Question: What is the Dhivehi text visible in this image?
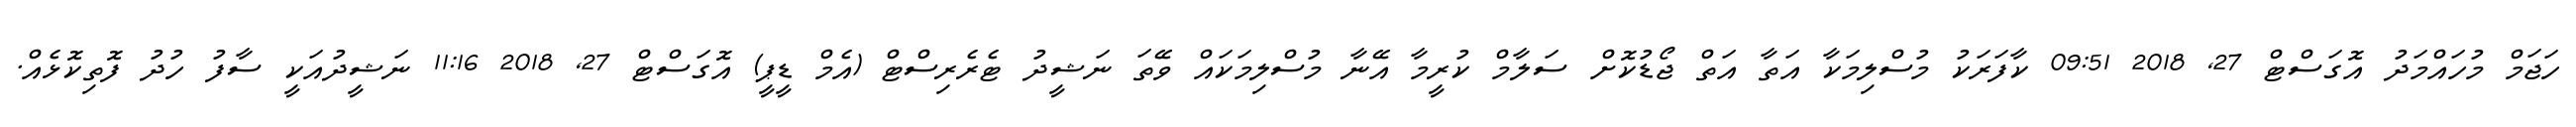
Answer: ހަޖަމް މުހައްމަދު އޮގަސްޓް 27, 2018 09:51 ކާފަރަކު މުސްލިމަކާ އަތާ އަތް ޖޯޑުކޮށް ސަލާމް ކުރީމާ އޭނާ މުސްލިމަކައް ވޭތަ ނަޝީދު ޓެރެރިސްޓް (އެމް ޑީޕީ) އޮގަސްޓް 27, 2018 11:16 ނަޝީދުއަކީ ސާފު ހުދު ފޮތިކޮޅެއް.